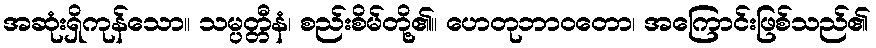
အဆုံးရှိကုန်သော။ သမ္ပတ္တီနံ၊ စည်းစိမ်တို့၏။ ဟေတုဘာဝတော၊ အကြောင်းဖြစ်သည်၏